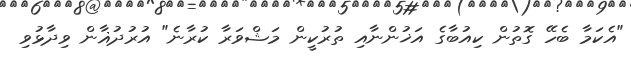
"އެކަމާ ބެހޭ ގޮތުން ކިއުބާގެ އަޚުންނާއި ތުރުކީން މަޝްވަރާ ކުރާނެ" އުރުދުޣާން ވިދާޅުވި